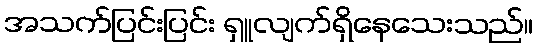
အသက်ပြင်းပြင်း ရှူလျက်ရှိနေသေးသည်။